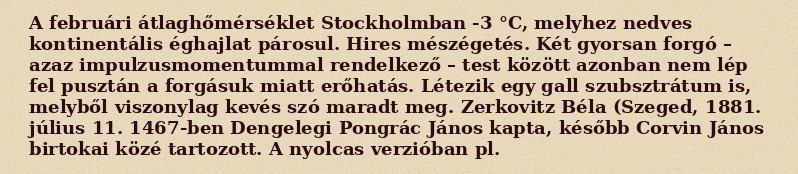
A februári átlaghőmérséklet Stockholmban -3 °C, melyhez nedves kontinentális éghajlat párosul. Hires mészégetés. Két gyorsan forgó – azaz impulzusmomentummal rendelkező – test között azonban nem lép fel pusztán a forgásuk miatt erőhatás. Létezik egy gall szubsztrátum is, melyből viszonylag kevés szó maradt meg. Zerkovitz Béla (Szeged, 1881. július 11. 1467-ben Dengelegi Pongrác János kapta, később Corvin János birtokai közé tartozott. A nyolcas verzióban pl.